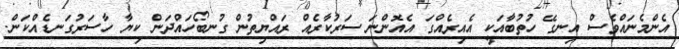
އެންމެނައްވެސް އިނގޭ ހުތުބާއަކީ އެއިރެއްގަ އެއޮންނަ ސަރުކާރެއް ރައްޔިތުން ގުނބޯހައްދަން ކިޔާ ހާސަރުގަނޑެއްކަން.